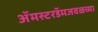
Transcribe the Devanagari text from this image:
ॲमस्टरडॅमजवळच्या